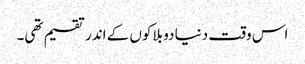
اس وقت دنیا دو بلاکوں کے اندر تقسیم تھی۔